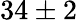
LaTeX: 34\pm 2